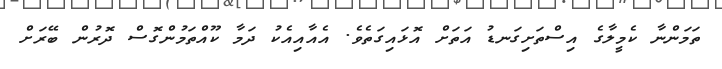
ތަމަންނާ ކެމީލާގެ އިސްތަށިގަނޑު އަތަށް އޮޅައިގަތެވެ. އެއާއިއެކު ދަމާ ކޫއްތަމުންގޮސް ދޮރުން ބޭރަށް